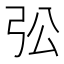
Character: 𱝚